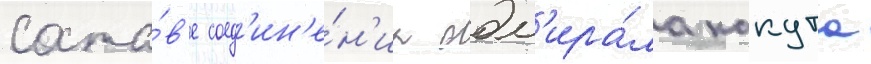
соста́в'е соед'ин'е́н'иа адм'ира́ла какута